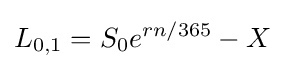
L_{0,1}=S_{0}e^{rn/365}-X